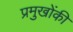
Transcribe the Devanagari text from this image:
प्रमुखोंकी